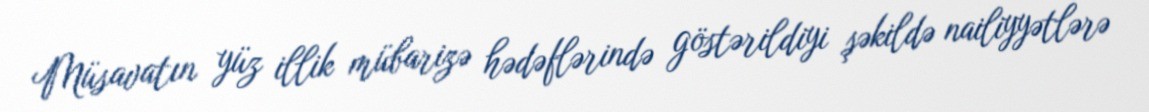
Müsavatın yüz illik mübarizə hədəflərində göstərildiyi şəkildə nailiyyətlərə